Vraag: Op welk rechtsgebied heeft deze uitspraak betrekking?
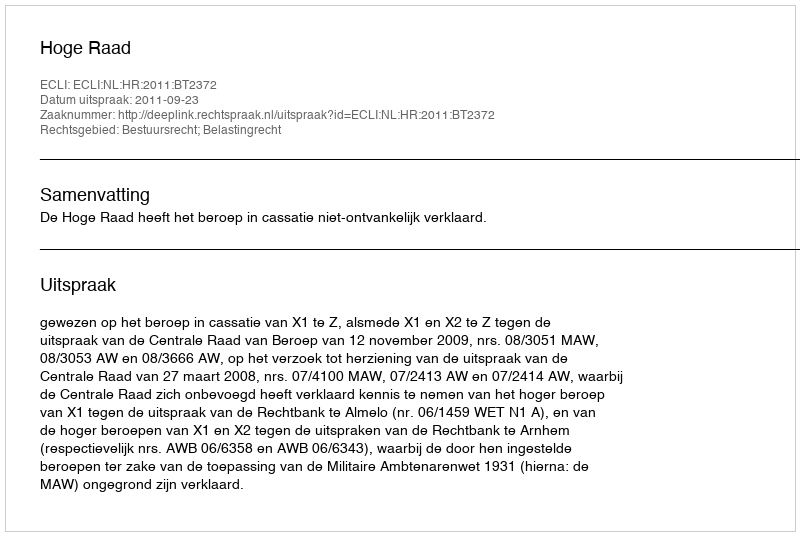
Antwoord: Bestuursrecht; Belastingrecht